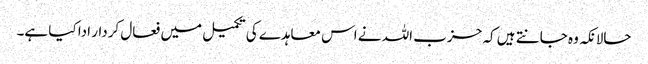
حالانکہ وہ جانتے ہیں کہ حزب اللہ نے اس معاہدے کی تکمیل میں فعال کردار ادا کیا ہے۔